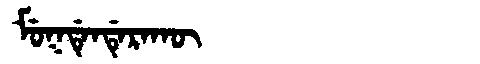
Manchu: ᠮᡠᡴᡩᡝᠨᡩᡝᡵᠠᡴᡡ
Romanization: MUKDENDERAKŪ